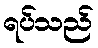
ရပ်သည်